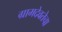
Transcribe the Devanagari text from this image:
ग्रामदेवतेचा